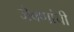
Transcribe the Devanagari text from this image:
जेवणांची